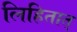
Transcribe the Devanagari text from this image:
लिहितात्